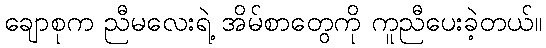
ချောစုက ညီမလေးရဲ့ အိမ်စာတွေကို ကူညီပေးခဲ့တယ်။